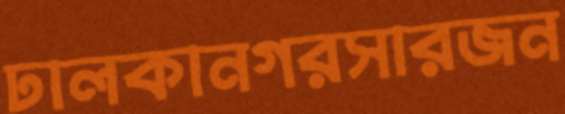
ঢালকানগরসারজন